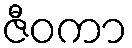
ဇီဝကာ